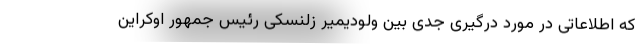
که اطلاعاتی در مورد درگیری جدی بین ولودیمیر زلنسکی رئیس جمهور اوکراین